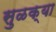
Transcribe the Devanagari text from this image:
सुळक्या